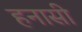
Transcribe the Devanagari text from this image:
हनासी